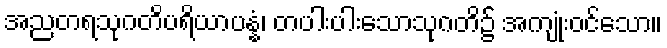
အညတရသုဂတိပရိယာပန္နံ၊ တပါးပါးသောသုဂတိ၌ အကျုံးဝင်သော။